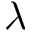
\lambda